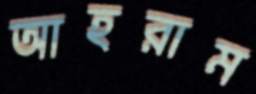
আহরাম